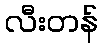
လီးတန်